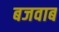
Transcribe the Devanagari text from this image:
बजवाब